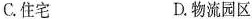
C.住宅 D.物流园区